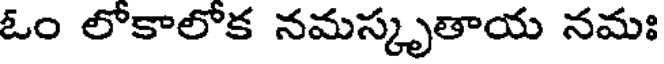
ఓం లోకాలోక నమస్కృతాయ నమః